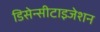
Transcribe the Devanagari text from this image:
डिसेन्सीटाइजेशन